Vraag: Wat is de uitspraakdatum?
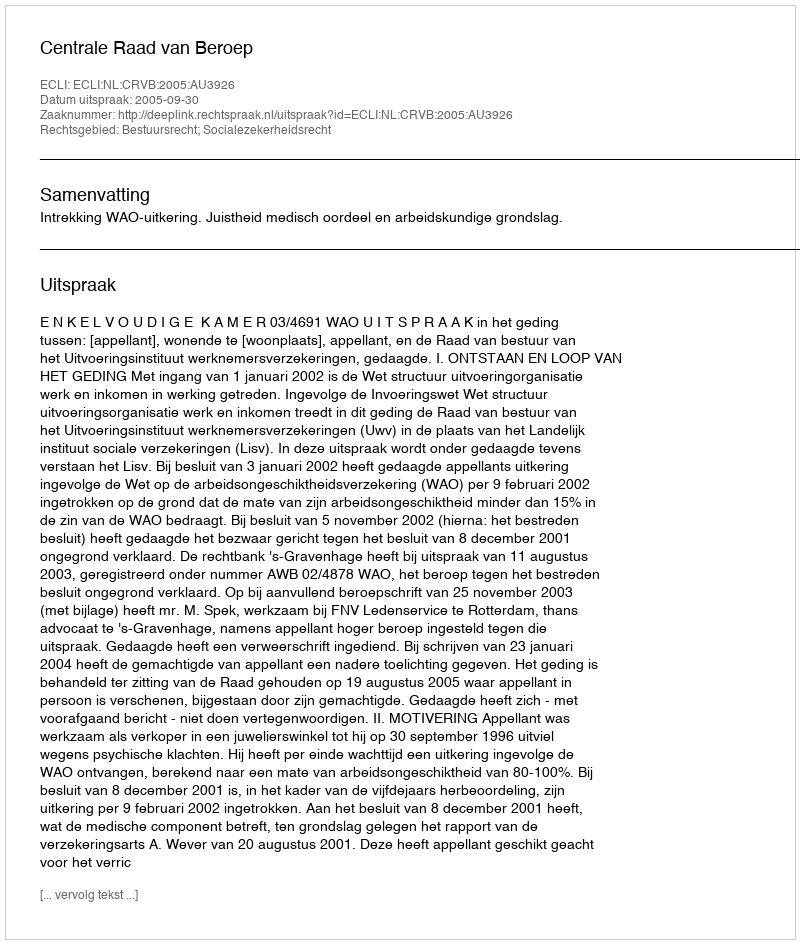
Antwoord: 2005-09-30